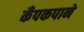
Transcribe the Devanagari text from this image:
कँपकपाने